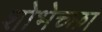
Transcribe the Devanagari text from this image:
शोभेच्छा